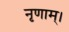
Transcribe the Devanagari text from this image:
नृणाम्‌।